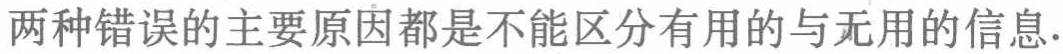
两种错误的主要原因都是不能区分有用的与无用的信息.